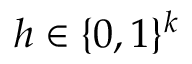
h \in \{ 0 , 1 \} ^ { k }